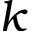
k